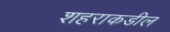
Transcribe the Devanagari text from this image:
शहराकडील